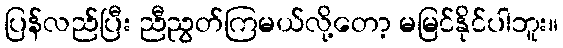
ပြန်လည်ပြီး ညီညွတ်ကြမယ်လို့တော့ မမြင်နိုင်ပါဘူး။